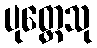
ပုတ္တေသု